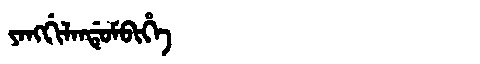
Manchu: ᠶᠠᠩᡤᡳᠯᠠᠨᡩᡠᠮᠪᡳᡥᡝ
Romanization: YANGGILANDUMBIHE